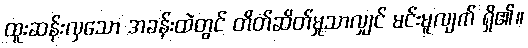
ထူးဆန်းလှသော အခန်းထဲတွင် တိတ်ဆိတ်မှုသာလျှင် မင်းမူလျက် ရှိ၏။